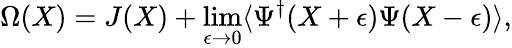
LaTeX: \Omega(X)=J(X)+\operatorname*{lim}_{\epsilon\rightarrow 0}\langle\Psi^{\dagger}(X+\epsilon)\Psi(X-\epsilon)\rangle,